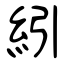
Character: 紖